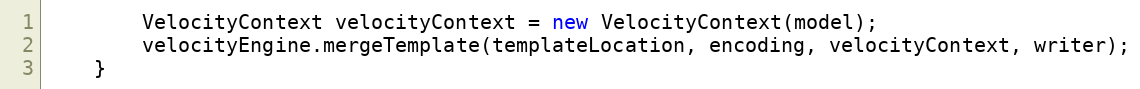
Language: Java
		VelocityContext velocityContext = new VelocityContext(model);
		velocityEngine.mergeTemplate(templateLocation, encoding, velocityContext, writer);
	}